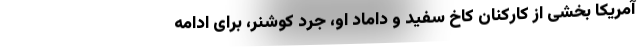
آمریکا بخشی از کارکنان کاخ سفید و داماد او، جرد کوشنر، برای ادامه